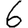
Digit: 6